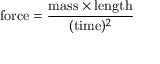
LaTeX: \mathrm { f o r c e } = { \frac { \mathrm { m a s s } \times \mathrm { l e n g t h } } { ( \mathrm { t i m e } ) ^ { 2 } } }